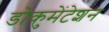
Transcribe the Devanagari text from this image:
डोकुमेंटेशन